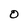
Character: O